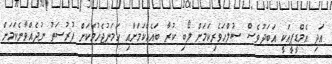
އަދި އެމްޑީޕީއަކީ އަބަދުވެސް ސުލްހަވެރިކަމަށް ލޯބި ކުރާ ބައެއްކަމަށާއި ހަމަނުޖެހުމަކަށް ފުރުސަތު ނުދެއްވާނެކަމަށް